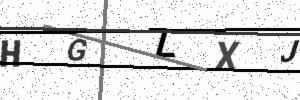
Text: HGZXJ